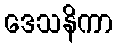
ဒေသနိကာ